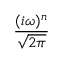
\frac { ( i \omega ) ^ { n } } { \sqrt { 2 \pi } }